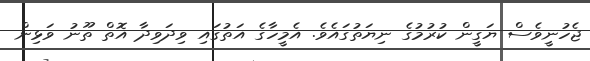
ޖެހުނީވެސް ޔަގީން ކުރުމުގެ ނިޔަތުގައެވެ. އެމީހާގެ އަތުގައި ވިދަވިދާ އޮތް ތޫނު ވަޅިން